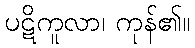
ပဋိကူလာ၊ ကုန်၏။